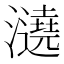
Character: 𤃤